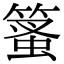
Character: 𥰱